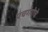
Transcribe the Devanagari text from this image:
पंचगंगेचे